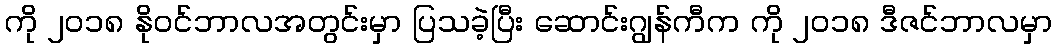
ကို ၂၀၁၈ နိုဝင်ဘာလအတွင်းမှာ ပြသခဲ့ပြီး ဆောင်းဂျွန်ကီက ကို ၂၀၁၈ ဒီဇင်ဘာလမှာ